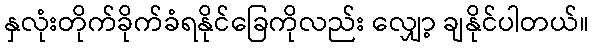
နှလုံးတိုက်ခိုက်ခံရနိုင်ခြေကိုလည်း လျှော့ ချနိုင်ပါတယ်။